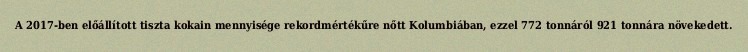
A 2017-ben előállított tiszta kokain mennyisége rekordmértékűre nőtt Kolumbiában, ezzel 772 tonnáról 921 tonnára növekedett.